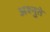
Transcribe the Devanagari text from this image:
अश्नुते